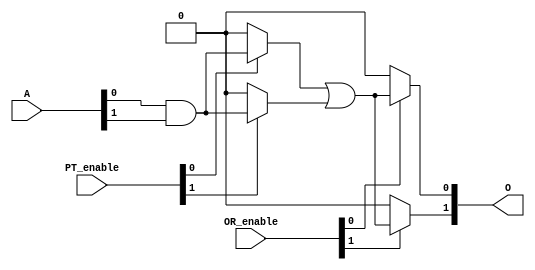
module programmable_logic_array(
    input wire [N-1:0] A,      // Input signals A1, A2, ..., An
    input wire [M-1:0] PT_enable, // Enable signals for product terms (PT1, PT2, ..., PTm)
    input wire [K-1:0] OR_enable, // Enable signals for outputs (O1, O2, ..., Ok)
    output wire [K-1:0] O       // Output signals O1, O2, ..., Ok
);

// Parameter definitions
parameter N = 4; // Number of inputs
parameter M = 4; // Number of product terms
parameter K = 2; // Number of outputs

// Declare internal wires for product terms
wire [M-1:0] PT; // Product Terms

// AND Plane: Generate product terms based on the inputs and PT_enable
generate
    genvar i;
    for (i = 0; i < M; i = i + 1) begin : and_plane
        // Each product term is generated based on programmed inputs
        assign PT[i] = (PT_enable[i] == 1'b1) ? (A[0] & A[1]) : 1'b0; // Example for PT1
        // Customize the logic for other product terms as required
        // PT[i] can be a combination of any inputs A[0] to A[N-1]
    end
endgenerate

// OR Plane: Combine product terms based on OR_enable to generate outputs
generate
    genvar j;
    for (j = 0; j < K; j = j + 1) begin : or_plane
        assign O[j] = (OR_enable[j] == 1'b1) ? (PT[0] | PT[1]) : 1'b0; // Example for O1
        // Customize the logic for other outputs as required
        // O[j] can combine multiple product terms PT[i]
    end
endgenerate

endmodule